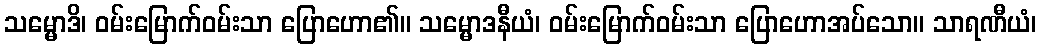
သမ္မောဒိ၊ ဝမ်းမြောက်ဝမ်းသာ ပြောဟော၏။ သမ္မောဒနီယံ၊ ဝမ်းမြောက်ဝမ်းသာ ပြောဟောအပ်သော။ သာရဏီယံ၊